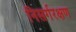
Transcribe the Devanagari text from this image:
निसर्गरक्षण